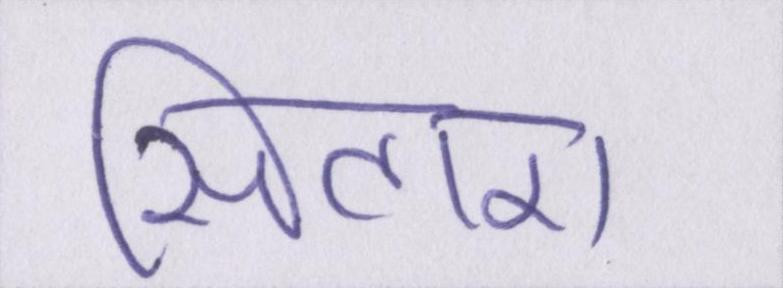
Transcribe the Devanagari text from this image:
सितारा